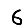
Digit: 6